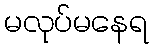
မလုပ်မနေရ